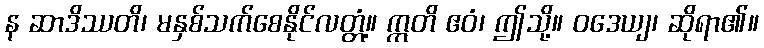
န ဆာဒိဿတိ၊ မနှစ်သက်စေနိုင်လတ္တံ့။ ဣတိ ဧဝံ၊ ဤသို့။ ဝဒေယျ၊ ဆိုရာ၏။